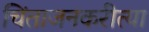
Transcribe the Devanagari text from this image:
चिंताजनकरीत्या